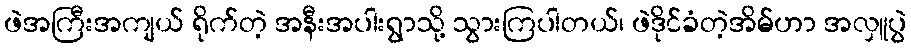
ဖဲအကြီးအကျယ် ရိုက်တဲ့ အနီးအပါးရွာသို့ သွားကြပါတယ်၊ ဖဲဒိုင်ခံတဲ့အိမ်ဟာ အလှူပွဲ